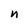
Character: n